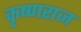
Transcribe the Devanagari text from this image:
कृष्‍णराज